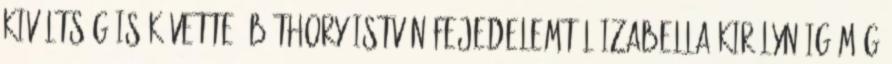
kiváltság is követte. Báthory István fejedelemtől Izabella királynéig még